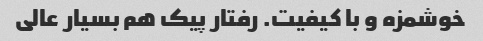
خوشمزه و با کیفیت. رفتار پیک هم بسیار عالی